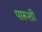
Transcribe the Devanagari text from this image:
पारूशी